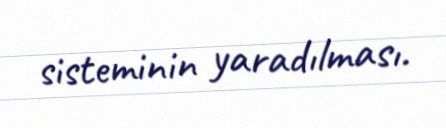
sisteminin yaradılması.